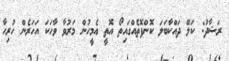
ރަޝާދު: ކަލޭ ދައްކާބަލަ ކޮންފޮތެއްގައިތޯ އޮތީ އެމީހުން މަރުވާ ވާހަކަ އަހަރެން ހުރިހާ